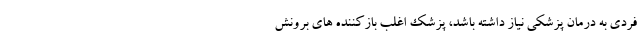
فردی به درمان پزشکی نیاز داشته باشد، پزشک اغلب بازکننده های برونش